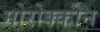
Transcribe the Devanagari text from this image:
मोरोक्कोन